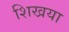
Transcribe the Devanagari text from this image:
शिखया